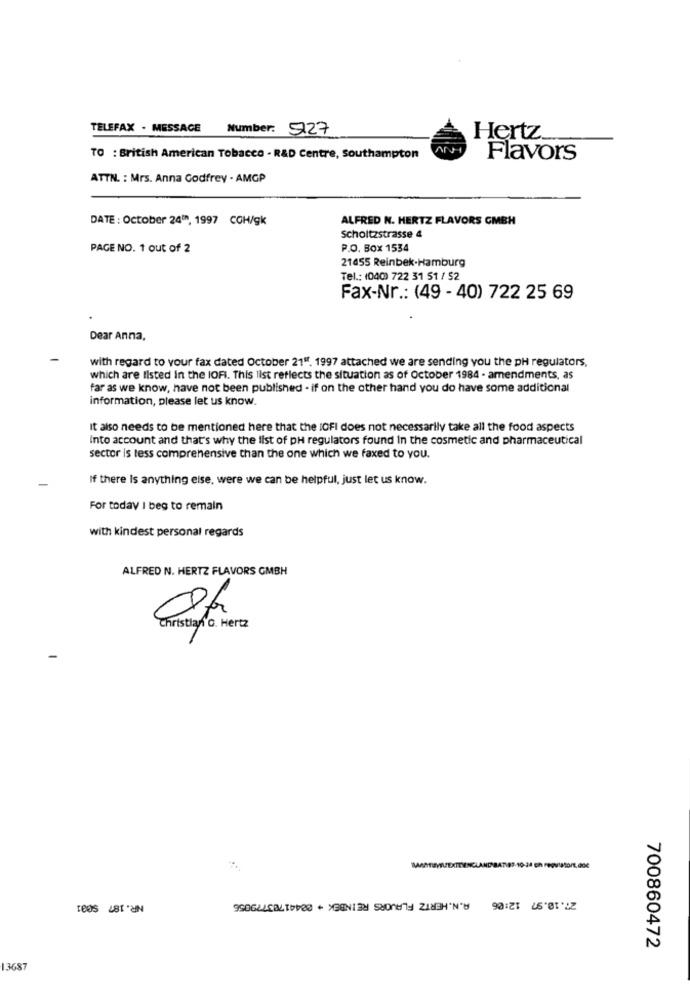
TELEFAX - MESSAGE Number: 927
Hertz.
TO : British American Tobacco - R&D Centre, Southampton
Flavors
ATTN. : Mrs. Anna Godfrey . AMGP
DATE : October 24th, 1997 CCH/gk
ALFRED N. HERTZ FLAVORS GMBH
scholtzstrasse 4
PAGE NO. 1 out of 2
P.O. BOX 1534
21655 Reinbek-Hamburg
Tel .: (040) 722 31 51 / 52
Fax-Nr .: (49 - 40) 722 25 69
Dear Anna,
with regard to your fax dated October 211f. 1997 attached we are sending you the pH regulators,
which are listed in the IOFI. This list reflects the situation as of October 1984 - amendments, as
far as we know, have not been published - if on the other hand you do have some additional
information, please let us know.
It also needs to be mentioned here that the IOFI does not necessarily take all the food aspects
Into account and that's why the list of pH regulators found In the cosmetic and pharmaceutical
sector is tess comprehensive than the one which we faxed to you.
If there Is anything else, were we can be helpful, just let us know.
For today I beg to remain
with kindest personal regards
ALFRED N. HERTZ FLAVORS GMBH
Christian o. Hertz
NR. 187 $031
A.N.HERTZ FLAVORS REINBEK + 00441703779055
27.10.97 12:06
700860472
13687